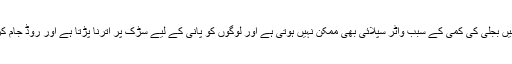
حالات اس حد تک خراب ہو جاتے ہیں کہ ان علاقوں میں بجلی کی کمی کے سبب واٹر سپلائی بھی ممکن نہیں ہوتی ہے اور لوگوں کو پانی کے لیے سڑک پر اترنا پڑتا ہے اور روڈ جام کرکے پولس اور انتظامیہ سے دو دو ہاتھ کرنا پڑتا ہے۔